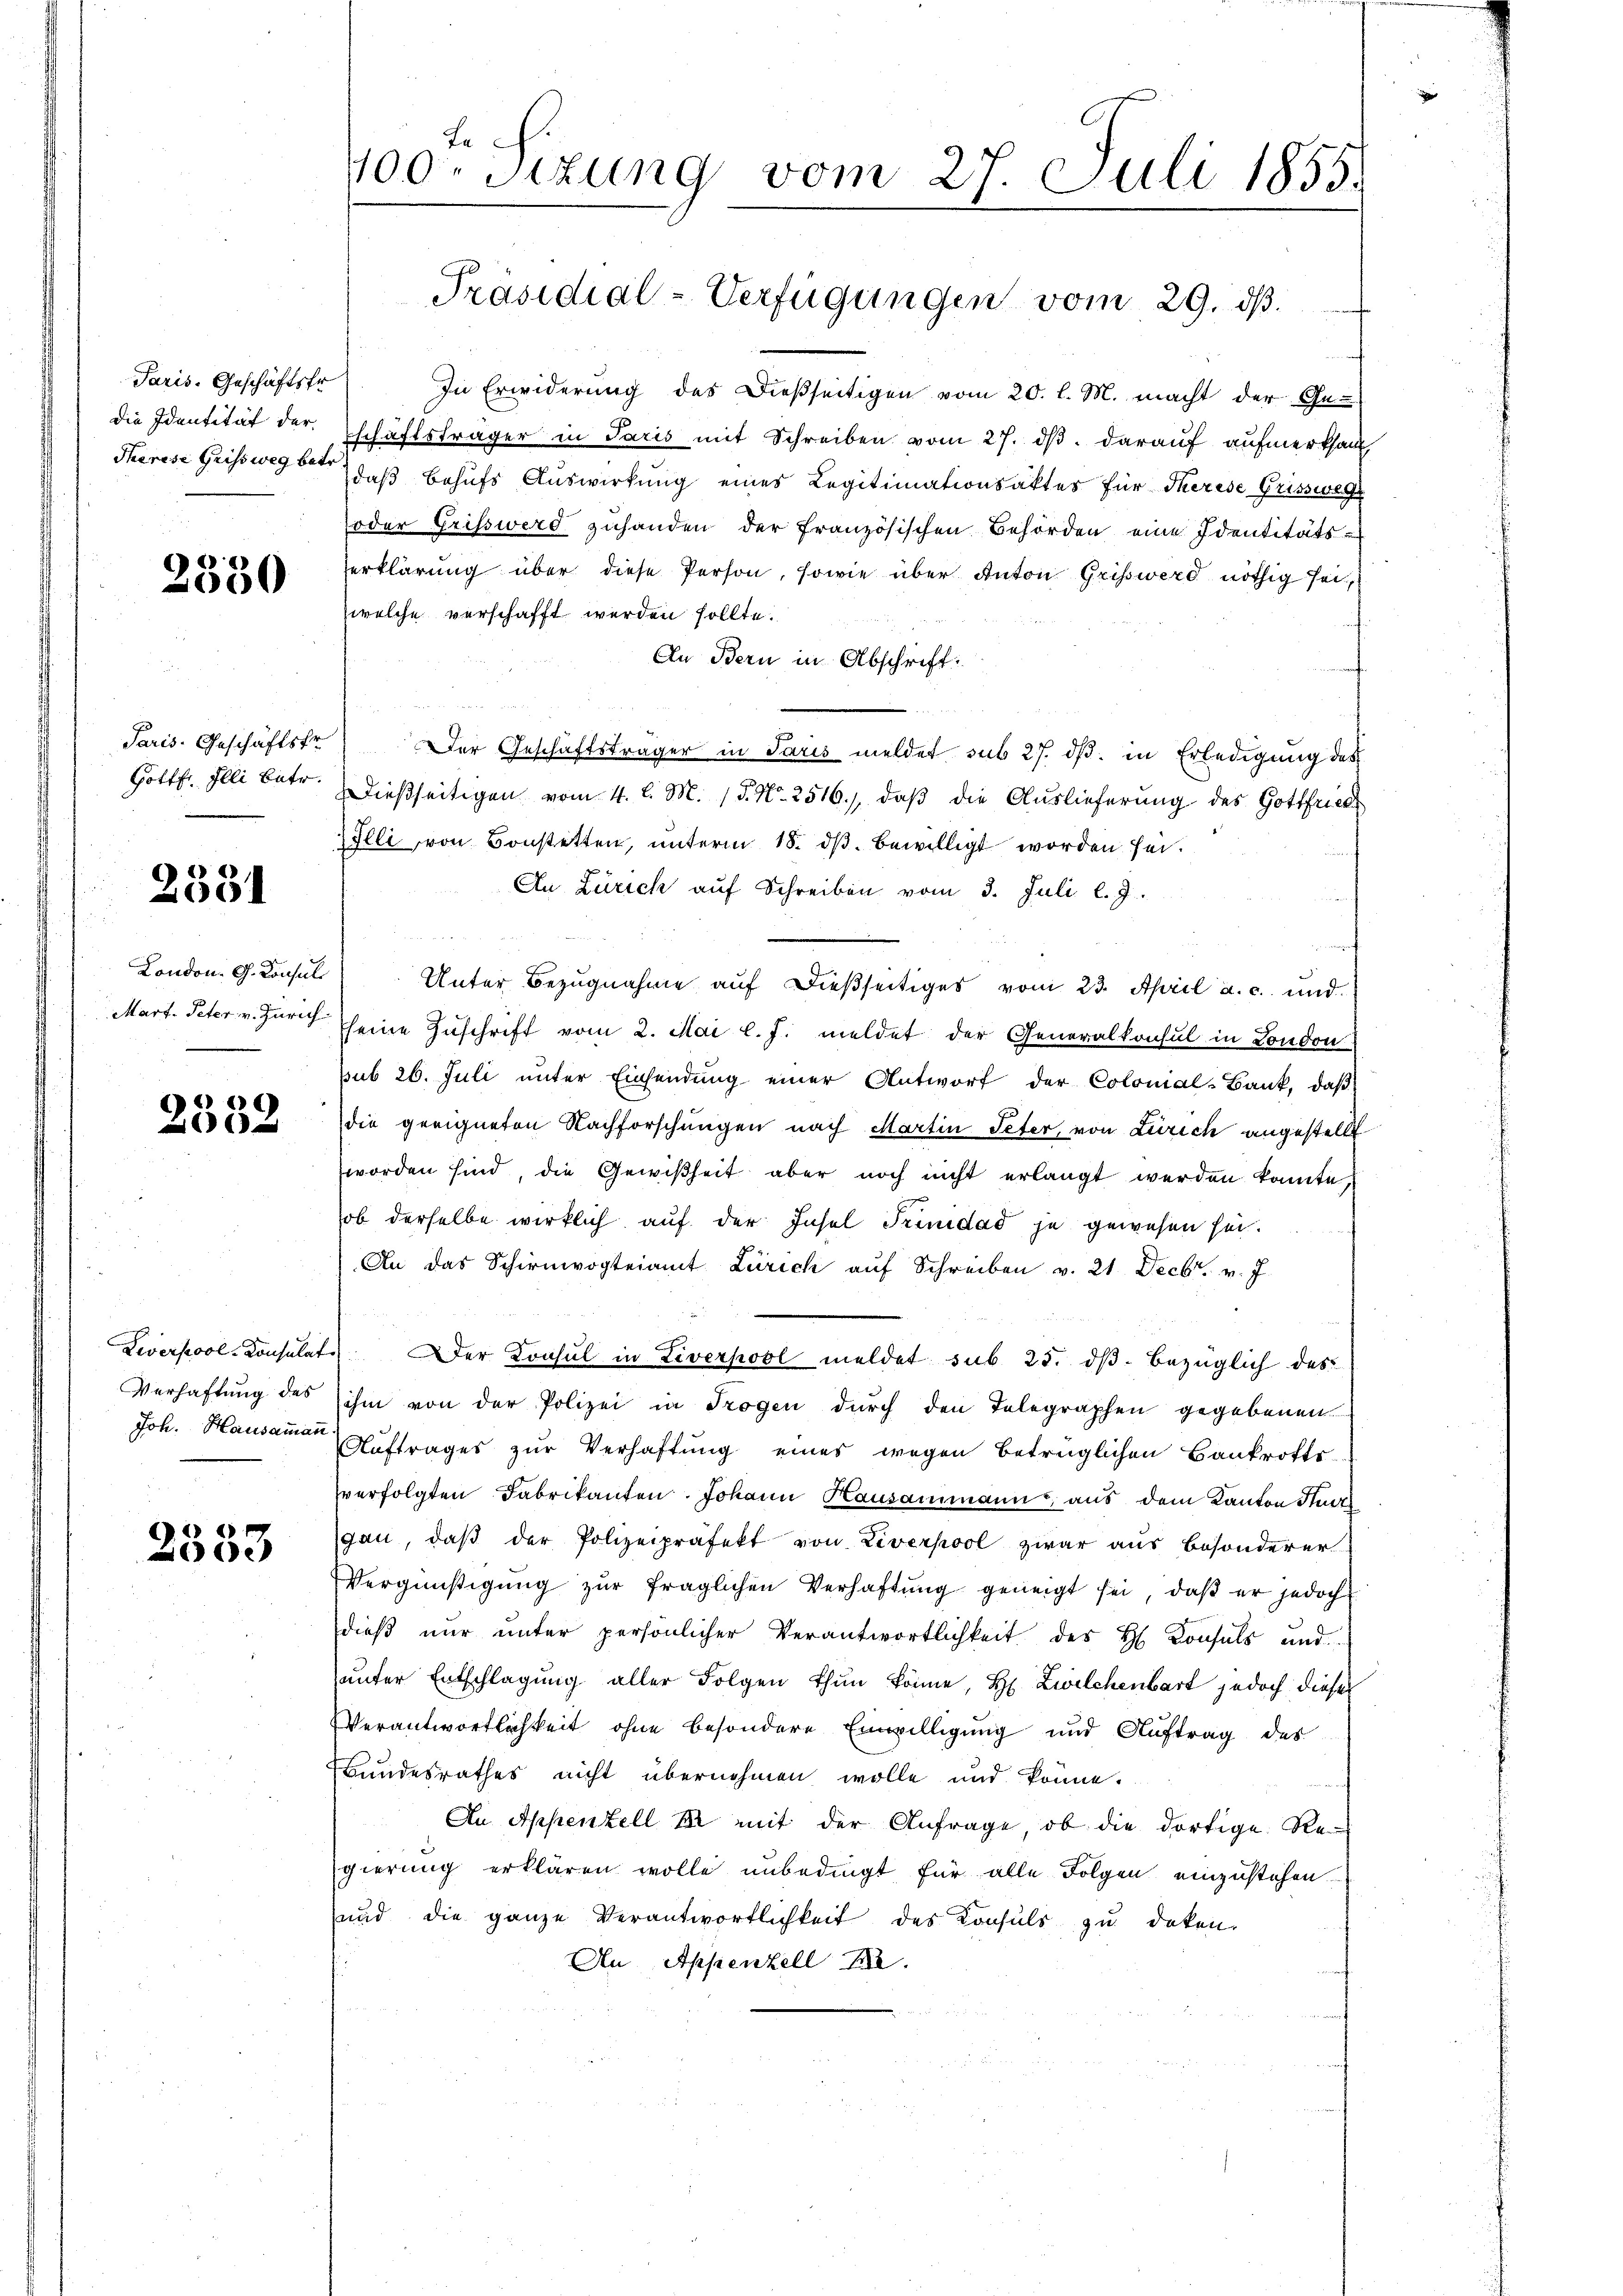
Paris. Geschäftsfr
Therese Grissweg betr.

2330

Paris. Geschäftsfr.
Gottfr. Illi Betr.

4
2001

.
032

2553

In Erwiderung des Dießseitigen vom 20. l. M. macht der Ge-
die Identität der Eschäftsträger in Paris mit Schreiben vom 27. ds. darauf aufmerksam
daß Behufs Auswirkung eines Legitimationsaktes für Therese Grisswege
oder Griss werd zuhanden der französischen Behörden eine Identitäts-
erklärung über diese Person, sowie über Anton Griss werd nöthig sei,
welche verschafft werden sollte.
An Bern in Abschrift:
Der Geschäftsträger in Paris meldet sub 27. ds. in Erledigung des
dießseitigen vom 4. l. M. 15. No. 2516. daβ die Auslieferung des Gottfried
IIlli von Bonstetten, unterm 18. ds. bewilligt worden sei.
An Zürich aŭf Schreiben vom 3. Juli l. J.
London. G. Konsul Unter Bezugnahme aŭf dießseitiges vom 23. April a. c. und
Mart. Peter v. Zürich seine Zuschrift vom 2. Mai l. J. meldet der Generalkonsul in London
sub 26. Juli unter Einsendung einer Antworf der Colonial-Bank, daβ
die geeigneten Nachforschungen nach Martin Peter, von Zürich angestellt
worden sind, die Gewißheit aber noch nicht erlangt werden konnte
ob derselbe wirklich auf der Insel Trinidad je gewesen sei.
An das Schirmvogteiamt Zürich auf Schreiben v. 21. Decbr. v. J.
Leverpool-Consulat. Der Konsul in Liverpool meldet sub 25. dβ bezüglich des
Verhaftung des ihm von der Polizei in Trogen durch den Telegraphen gegebenen
Joh. Hausammer Auftrages zur Verhaftung eines wegen betrüglichen Bankrotts-
verfolgten Fabrikanten. Johann Hausammann, aus dem Kanton Sturz
gan, daβ der Polizeipräfekt von Liverpool zwar aus besonderer
Vergünstigŭng zŭr fraglichen Verhaftung geneigt sei, daβ er jedoch
dieβ nŭr ŭnter persönlicher Verantwortlichkeit des H. Konsuls und
unter Entschlagung aller Folgen thun könne, H. Zwilchenbart jedoch dieser
Verantwortlichkeit ohne besondere Einwilligung und Auftrag des
Bundesrathes nicht übernehmen wolle und könne.
An Appenzell M mit der Anfrage, ob die dortige Re
gierung erklären wolle unbedingt für alle Folgen einzustehen.
und die ganze Verantwortlichkeit des Konsuls zu deken.
An Appenzell A.

La
400. Sizung vom 27. Juli 1855.

Präsidial-Verfügungen vom 29. dß.